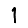
Digit: 1